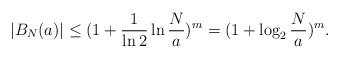
LaTeX: \begin{align*}|B_N(a)|\leq (1+\frac 1{\ln 2}\ln\frac Na)^m=(1+\log_2\frac Na)^m.\end{align*}